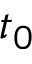
t _ { 0 }